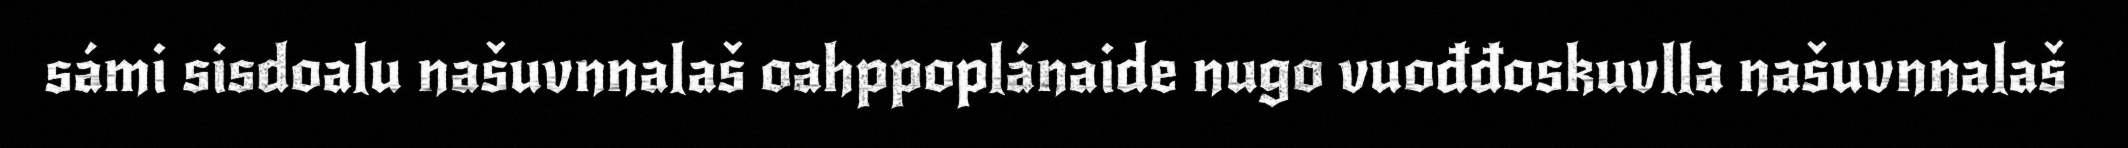
sámi sisdoalu našuvnnalaš oahppoplánaide nugo vuođđoskuvlla našuvnnalaš